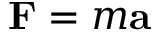
{ \mathbf { F } } = m { \mathbf { a } }